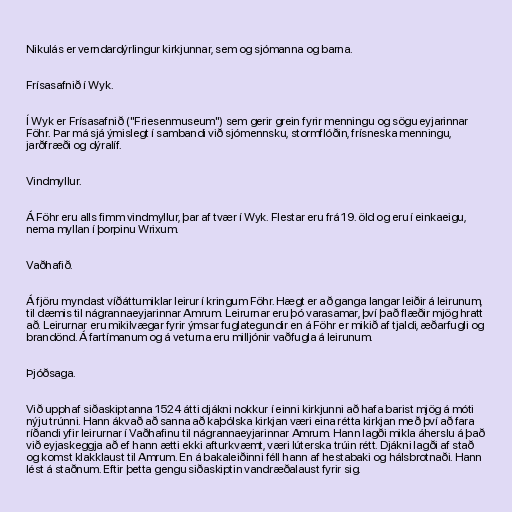
Nikulás er verndardýrlingur kirkjunnar, sem og sjómanna og barna.

Frísasafnið í Wyk.

Í Wyk er Frísasafnið ("Friesenmuseum") sem gerir grein fyrir menningu og sögu eyjarinnar
Föhr. Þar má sjá ýmislegt í sambandi við sjómennsku, stormflóðin, frísneska menningu,
jarðfræði og dýralíf.

Vindmyllur.

Á Föhr eru alls fimm vindmyllur, þar af tvær í Wyk. Flestar eru frá 19. öld og eru í einkaeigu,
nema myllan í þorpinu Wrixum.

Vaðhafið.

Á fjöru myndast víðáttumiklar leirur í kringum Föhr. Hægt er að ganga langar leiðir á leirunum,
til dæmis til nágrannaeyjarinnar Amrum. Leirurnar eru þó varasamar, því það flæðir mjög hratt
að. Leirurnar eru mikilvægar fyrir ýmsar fuglategundir en á Föhr er mikið af tjaldi, æðarfugli og
brandönd. Á fartímanum og á veturna eru milljónir vaðfugla á leirunum.

Þjóðsaga.

Við upphaf siðaskiptanna 1524 átti djákni nokkur í einni kirkjunni að hafa barist mjög á móti
nýju trúnni. Hann ákvað að sanna að kaþólska kirkjan væri eina rétta kirkjan með því að fara
ríðandi yfir leirurnar í Vaðhafinu til nágrannaeyjarinnar Amrum. Hann lagði mikla áherslu á það
við eyjaskeggja að ef hann ætti ekki afturkvæmt, væri lúterska trúin rétt. Djákni lagði af stað
og komst klakklaust til Amrum. En á bakaleiðinni féll hann af hestabaki og hálsbrotnaði. Hann
lést á staðnum. Eftir þetta gengu siðaskiptin vandræðalaust fyrir sig.